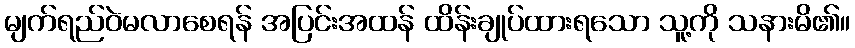
မျက်ရည်ဝဲမလာစေရန် အပြင်းအထန် ထိန်းချုပ်ထားရသော သူ့ကို သနားမိ၏။